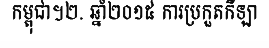
កម្ពុជា។២. ឆ្នាំ២០១៥ ការប្រកួតកីឡា